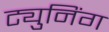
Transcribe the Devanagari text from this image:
ट्युनिंग